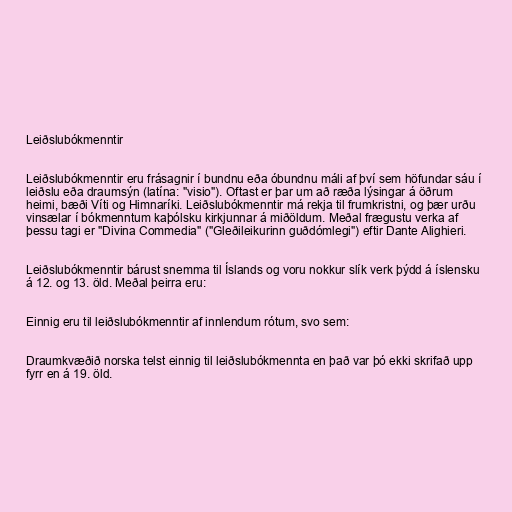
Leiðslubókmenntir

Leiðslubókmenntir eru frásagnir í bundnu eða óbundnu máli af því sem höfundar sáu í
leiðslu eða draumsýn (latína: "visio"). Oftast er þar um að ræða lýsingar á öðrum
heimi, bæði Víti og Himnaríki. Leiðslubókmenntir má rekja til frumkristni, og þær urðu
vinsælar í bókmenntum kaþólsku kirkjunnar á miðöldum. Meðal frægustu verka af
þessu tagi er "Divina Commedia" ("Gleðileikurinn guðdómlegi") eftir Dante Alighieri.

Leiðslubókmenntir bárust snemma til Íslands og voru nokkur slík verk þýdd á íslensku
á 12. og 13. öld. Meðal þeirra eru:

Einnig eru til leiðslubókmenntir af innlendum rótum, svo sem:

Draumkvæðið norska telst einnig til leiðslubókmennta en það var þó ekki skrifað upp
fyrr en á 19. öld.